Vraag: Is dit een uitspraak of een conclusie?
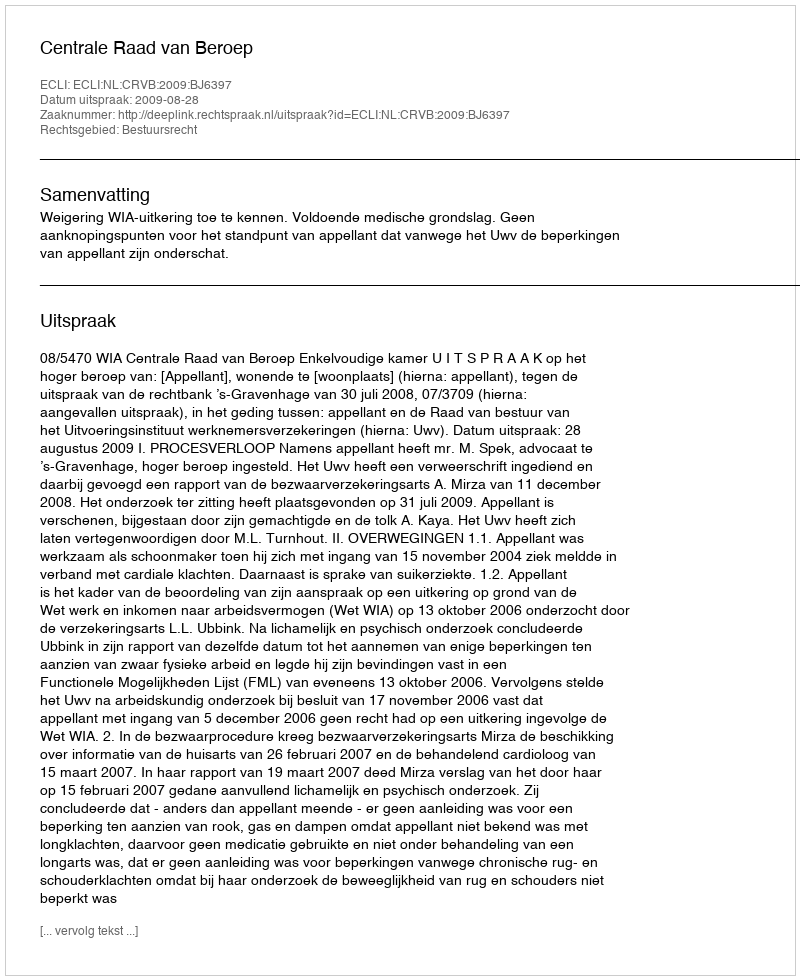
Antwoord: Uitspraak